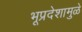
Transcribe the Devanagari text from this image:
भूप्रदेशामुळे